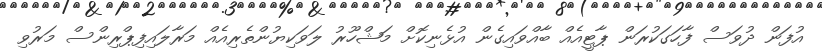
އުފަން ދުވަސް ފާހަގަކުރަން ޕާޓީއެއް ބާއްވައިގެން އުޅެނިކޮށް މަޝްހޫރު ލަވަކިޔުންތެރިއެއް މަރާލައިފިޕްރިންސް މަރުވި